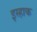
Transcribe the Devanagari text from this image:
इस्हाक